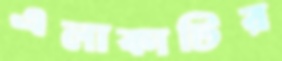
এলাকাটির